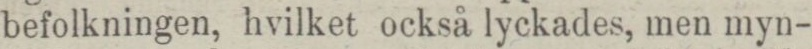
befolkningen, hvilket också lyckades, men myn-